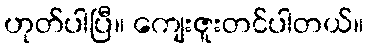
ဟုတ်ပါပြီ။ ကျေးဇူးတင်ပါတယ်။